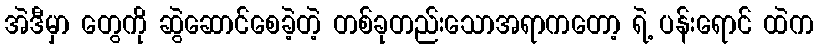
အဲဒီမှာ တွေကို ဆွဲဆောင်စေခဲ့တဲ့ တစ်ခုတည်းသောအရာကတော့ ရဲ့ ပန်းရောင် ထဲက